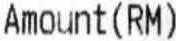
AMOUNT(RM)